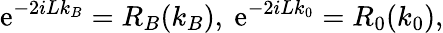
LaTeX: \mathrm{e}^{-2iLk_{B}}=R_{B}(k_{B}),\ \mathrm{e}^{-2iLk_{0}}=R_{0}(k_{0}),